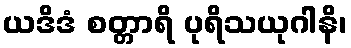
ယဒိဒံ စတ္တာရိ ပုရိသယုဂါနိ၊